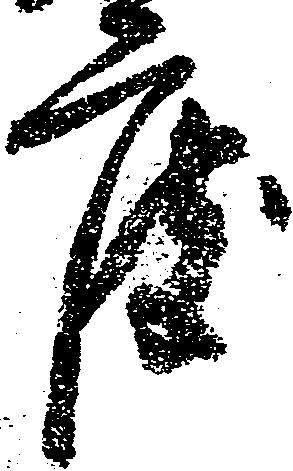
度